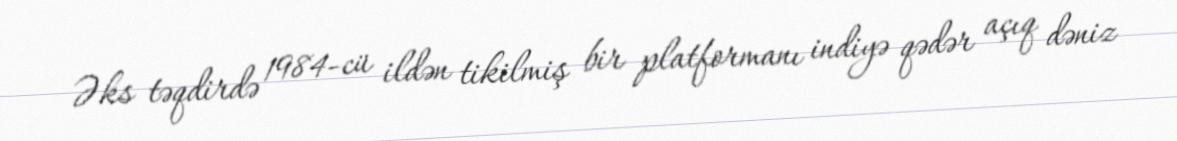
Əks təqdirdə 1984-cü ildən tikilmiş bir platformanı indiyə qədər açıq dəniz